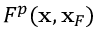
F ^ { p } ( { \bf x } , { \bf x } _ { F } )